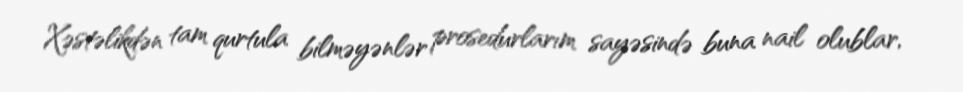
Xəstəlikdən tam qurtula bilməyənlər prosedurlarım sayəsində buna nail olublar,